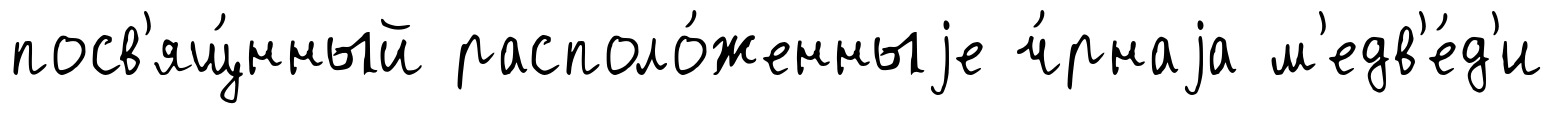
посв'ящ́нный располо́женныjе ч́рнаjа м'едв'е́д'и